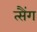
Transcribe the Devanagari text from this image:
त्सैंग